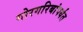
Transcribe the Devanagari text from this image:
गोरगरिबांपर्यंत